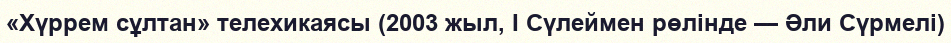
«Хүррем сұлтан» телехикаясы (2003 жыл, I Сүлеймен рөлінде — Әли Сүрмелі)